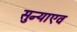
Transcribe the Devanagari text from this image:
सुन्याएव